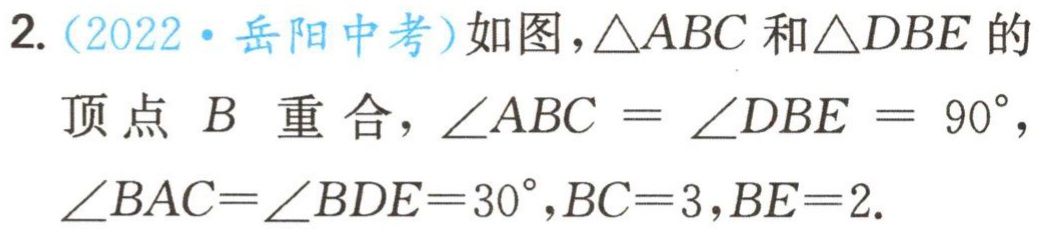
2.（2022·岳阳中考）如图，\(\triangle ABC\)和\(\triangle DBE\)的顶点 \(B\) 重合，\(\angle ABC = \angle DBE = 90^{\circ}\)，\(\angle BAC=\angle BDE = 30^{\circ}\)，\(BC = 3\)，\(BE = 2\).